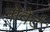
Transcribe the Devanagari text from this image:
नोबेर्ट